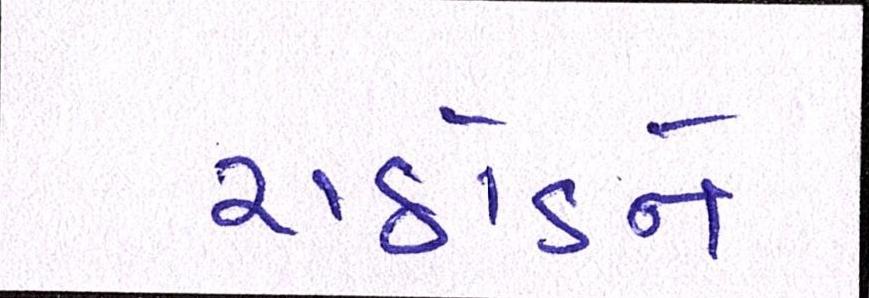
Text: રાઠોડને